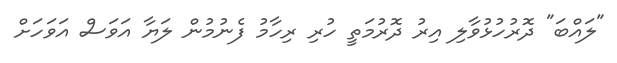
"ލައްބަ" ދޮރުހުޅުވާލި އިރު ދޮރުމަތީ ހުރި ރިހާމު ފެނުމުން ލަޔާ އަވަސް އަވަހަށް